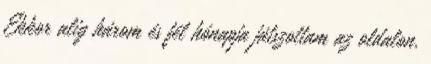
Ekkor alig három és fél hónapja játszottam az oldalon,